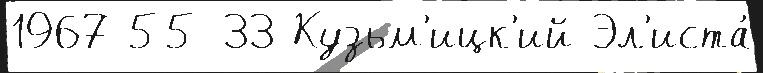
1967 55-33 Кузьм'ицк'ий Эл'иста́